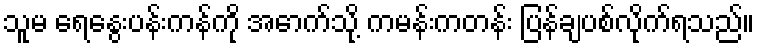
သူမ ရေနွေးပန်းကန်ကို အောက်သို့ ကမန်းကတန်း ပြန်ချပစ်လိုက်ရသည်။